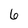
Character: 6